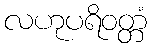
လဟုပရိဝတ္တံ